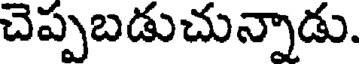
చెప్పబడుచున్నాడు.